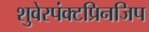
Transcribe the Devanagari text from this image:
शुवेरपंक्टप्रिनजिप